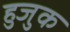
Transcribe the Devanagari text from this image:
हुजुक